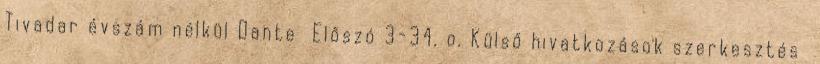
Tivadar évszám nélkül Dante Előszó 3-34. o. Külső hivatkozások szerkesztés